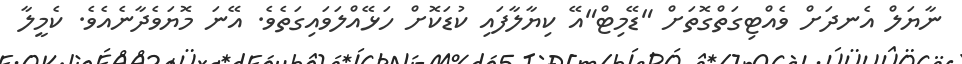
ނާޔަލް އެނދަށް ވެއްޓިގަތްގޮތަށް "ޑޭމިޓް"އޭ ކިޔާލާފައި ކުޑަކޮށް ހަޅޭއްލަވައިގަތެވެ. އޭނަ މޮޔަވެދާނެއެވެ. ކެމީލާ